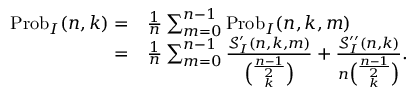
\begin{array} { r l } { \operatorname { P r o b } _ { I } ( n , k ) = } & { \frac { 1 } { n } \sum _ { m = 0 } ^ { n - 1 } \operatorname { P r o b } _ { I } ( n , k , m ) } \\ { = } & { \frac { 1 } { n } \sum _ { m = 0 } ^ { n - 1 } \frac { \mathcal { S } _ { I } ^ { \prime } ( n , k , m ) } { \binom { \frac { n - 1 } { 2 } } { k } } + \frac { \mathcal { S } _ { I } ^ { \prime \prime } ( n , k ) } { n \binom { \frac { n - 1 } { 2 } } { k } } . } \end{array}